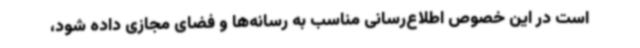
است در این خصوص اطلاع‌رسانی مناسب به رسانه‌ها و فضای مجازی داده شود،